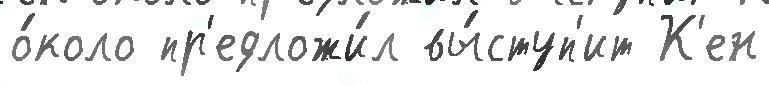
о́коло пр'едложи́л вы́ступ'ит К'ен